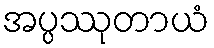
အပ္ပဿုတာယံ